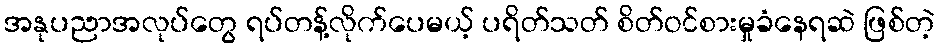
အနုပညာအလုပ်တွေ ရပ်တန့်လိုက်ပေမယ့် ပရိတ်သတ် စိတ်ဝင်စားမှုခံနေရဆဲ ဖြစ်တဲ့